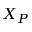
X _ { P }